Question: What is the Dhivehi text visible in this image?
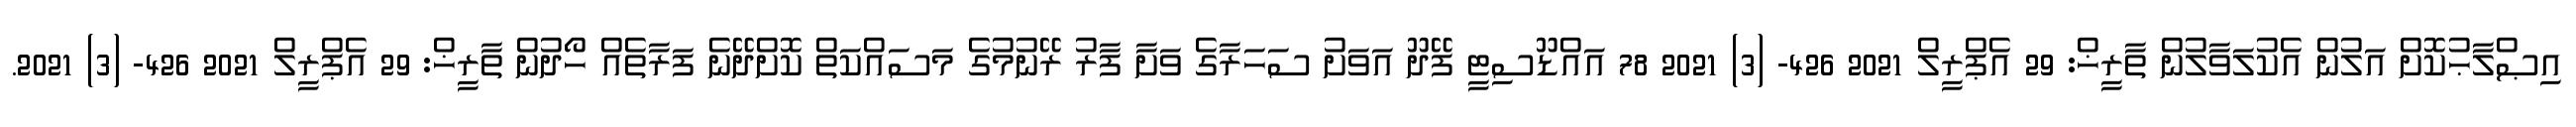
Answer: އިޞްލާޙުކޮށް އަލުން އެކުލަވާލުން ތާރީޚް: 29 އެޕްރީލް 2021 426- (3) 2021 78 އައްޑޫސިޓީ ފޭދޫ އަވަށު ސަހަރާގެ ވަށާ ފާރު ރޭނުމުގެ މަސައްކަތް ކޮށްދޭނެ ފަރާތެއް ހޯދުން ތާރީޚް: 29 އެޕްރީލް 2021 426- (3) 2021.